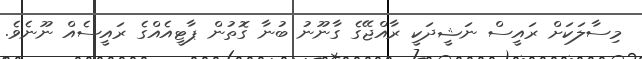
މިސާލަކަށް ރައީސް ނަޝީދަކީ ރާއްޖޭގެ ގާނޫނު ބުނާ ގޮތުން ޕާޓީއެއްގެ ރައީސެއް ނޫނެވެ.